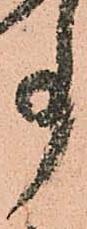
事